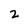
Character: 2